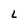
Character: L